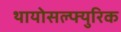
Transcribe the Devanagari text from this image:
थायोसल्फ्युरिक